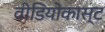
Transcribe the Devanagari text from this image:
वीडियोकास्ट